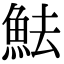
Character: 魼